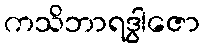
ကသိဘာရဒွါဇော